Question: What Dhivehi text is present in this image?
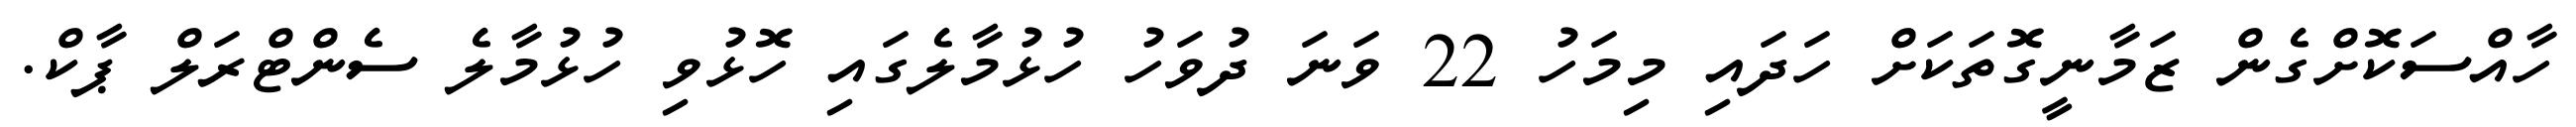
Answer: ހާއްސަކޮށްގެން ޒަމާނީގޮތަކަށް ހަދައި މިމަހު 22 ވަނަ ދުވަހު ހުޅުމާލެގައި ހޮޅުވި ހުޅުމާލެ ސެންޓްރަލް ޕާކް.